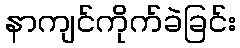
နာကျင်ကိုက်ခဲခြင်း